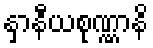
နှာနီယစုဏ္ဏာနိ